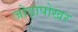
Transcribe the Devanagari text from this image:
जोड़ापोखर